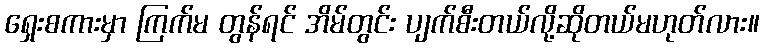
ရှေးစကားမှာ ကြက်မ တွန်ရင် အိမ်တွင်း ပျက်စီးတယ်လို့ဆိုတယ်မဟုတ်လား။